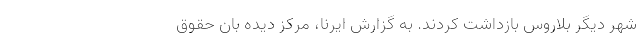
شهر دیگر بلاروس بازداشت کردند. به گزارش ایرنا، مرکز دیده بان حقوق